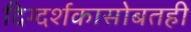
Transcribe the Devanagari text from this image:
दिग्दर्शकासोबतही